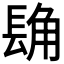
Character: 𮣾